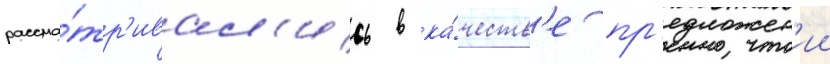
рассма́тр'ивал'ись в ка́честв'е пр'едложен'ии